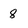
Character: 8